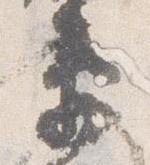
衛